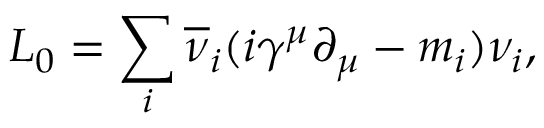
{ \cal L } _ { 0 } = \sum _ { i } \overline { { \nu } } _ { i } ( i \gamma ^ { \mu } \partial _ { \mu } - m _ { i } ) \nu _ { i } ,